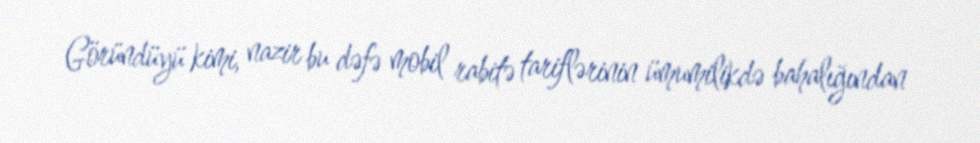
Göründüyü kimi, nazir bu dəfə mobil rabitə tariflərinin ümumilikdə bahalığından